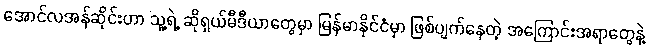
အောင်လအန်ဆိုင်းဟာ သူ့ရဲ့ ဆိုရှယ်မီဒီယာတွေမှာ မြန်မာနိုင်ငံမှာ ဖြစ်ပျက်နေတဲ့ အကြောင်းအရာတွေနဲ့